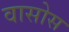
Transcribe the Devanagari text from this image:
वासोस